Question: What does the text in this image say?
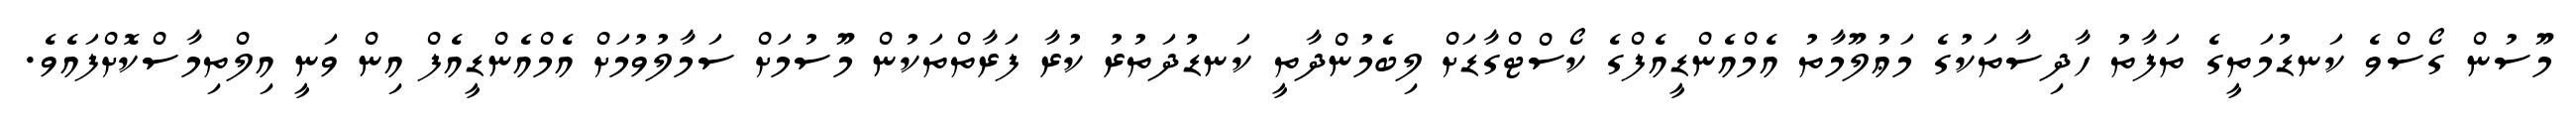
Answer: މޫސުން ގޯސްވެ ކަނޑުމަތީގެ ތަފާތު ހާދިސާތަކުގެ މަޢުލޫމާތު އެމްއެންޑީއެފްގެ ކޯސްޓްގާޑަށް ލިބެމުންދާތީ ކަނޑުދަތުރު ކުރާ ފަރާތްތަކުން މޫސުމަށް ސަމާލުވުމަށް އެމްއެންޑީއެފް އިން ވަނީ އިލްތިމާސްކޮށްފައެވެ.